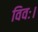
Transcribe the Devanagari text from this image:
विवः।